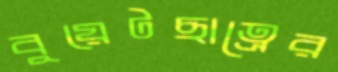
বুয়েটছাত্রের